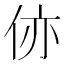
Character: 㑊